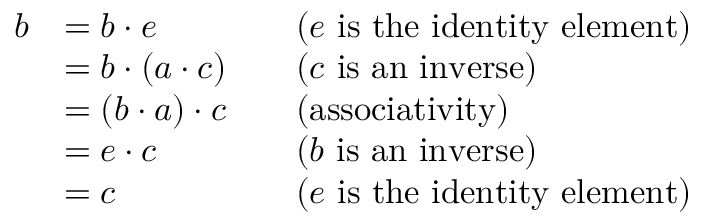
{ \begin{array} { r l r l } { b } & { = b \cdot e } & & { { \mathrm { ( } } e { \mathrm { ~ i s ~ t h e ~ i d e n t i t y ~ e l e m e n t ) } } } \\ & { = b \cdot ( a \cdot c ) } & & { { \mathrm { ( } } c { \mathrm { ~ i s ~ a n ~ i n v e r s e ) } } } \\ & { = ( b \cdot a ) \cdot c } & & { { \mathrm { ( a s s o c i a t i v i t y ) } } } \\ & { = e \cdot c } & & { { \mathrm { ( } } b { \mathrm { ~ i s ~ a n ~ i n v e r s e ) } } } \\ & { = c } & & { { \mathrm { ( } } e { \mathrm { ~ i s ~ t h e ~ i d e n t i t y ~ e l e m e n t ) } } } \end{array} }